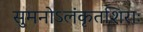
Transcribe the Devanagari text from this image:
सुमनोऽलंकृतशिराः